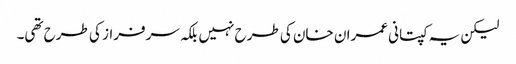
لیکن یہ کپتانی عمران خان کی طرح نہیں بلکہ سرفراز کی طرح تھی۔